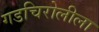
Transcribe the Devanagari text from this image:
गडचिरोलीला